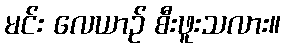
မင်း လေယာဉ် စီးဖူးသလား။